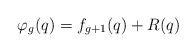
LaTeX: \begin{align*} \varphi_{g}(q) = f_{g+1}(q) + R(q) \end{align*}